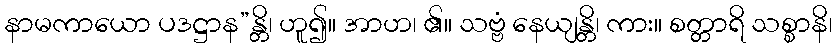
နာမကာယော ပဒဋ္ဌာန”န္တိ၊ ဟူ၍။ အာဟ၊ ၏။ သဗ္ဗံ နေယျန္တိ၊ ကား။ စတ္တာရိ သစ္စာနိ၊